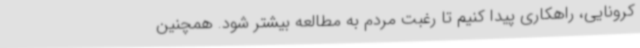
کرونایی، راهکاری پیدا کنیم تا رغبت مردم به مطالعه بیشتر شود. همچنین